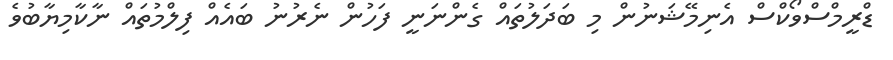
ޑްރީމްސްވޯކްސް އެނިމޭޝަނުން މި ބަދަލުތައް ގެންނަނީ ފަހުން ނެރުނު ބައެއް ފިލްމުތައް ނާކާމިޔާބުވެ